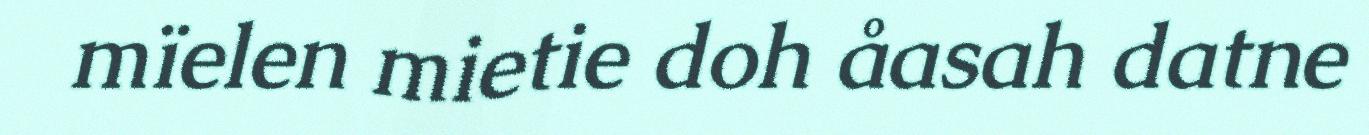
mïelen mietie doh åasah datne